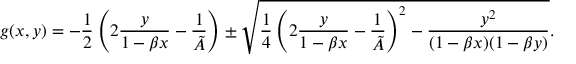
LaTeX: g ( x , y ) = - \frac { 1 } { 2 } \left( 2 \frac { y } { 1 - \beta x } - \frac { 1 } { \tilde { A } } \right) \pm \sqrt { \frac { 1 } { 4 } \left( 2 \frac { y } { 1 - \beta x } - \frac { 1 } { \tilde { A } } \right) ^ { 2 } - \frac { y ^ { 2 } } { ( 1 - \beta x ) ( 1 - \beta y ) } } .